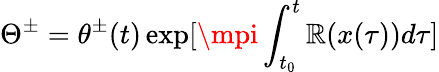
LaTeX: \Theta^{\pm}=\theta^{\pm}(t)\exp[\mpi\int_{t_{0}}^{t}\mathbb{R}(x(\tau))d\tau]